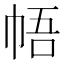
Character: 𪩳